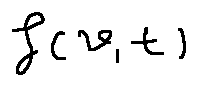
f ( v , t )